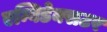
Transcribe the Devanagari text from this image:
एम्बिडेक्सटर